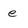
Character: e